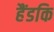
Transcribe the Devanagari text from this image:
हैंडकि